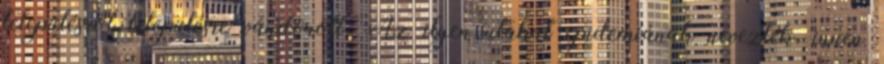
településről településre vándorolt. Az ilyen utakat epidemiának nevezték, innen